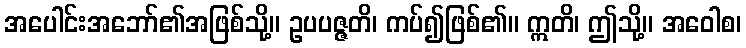
အပေါင်းအဘော်၏အဖြစ်သို့။ ဥပပဇ္ဇတိ၊ ကပ်၍ဖြစ်၏။ ဣတိ၊ ဤသို့။ အဝေါစ၊